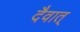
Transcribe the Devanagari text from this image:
दैवात्‌